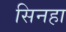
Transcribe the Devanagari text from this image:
सिनहा